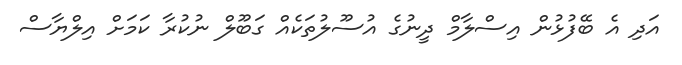
އަދި އެ ބޭފުޅުން އިސްލާމް ދީނުގެ އުސޫލުތަކެއް ގަބޫލް ނުކުރާ ކަމަށް އިލްޔާސް